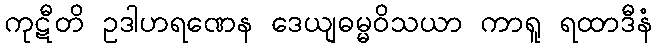
ကုဋီတိ ဥဒါဟရဏေန ဒေယျဓမ္မဝိသယာ ကာရူ ရထာဒီနံ